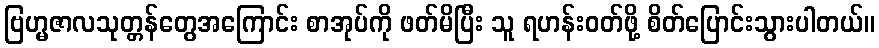
ဗြဟ္မဇာလသုတ္တန်တွေအကြောင်း စာအုပ်ကို ဖတ်မိပြီး သူ ရဟန်းဝတ်ဖို့ စိတ်ပြောင်းသွားပါတယ်။